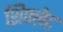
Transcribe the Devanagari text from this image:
शिफ्लेट